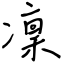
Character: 凜